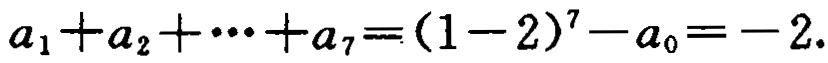
\(a_{1}+a_{2}+\cdots +a_{7}=(1 - 2)^{7}-a_{0}=-2.\)